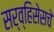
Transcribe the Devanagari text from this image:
सर्व्हिसेसचे